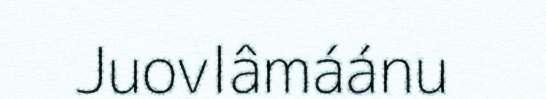
Juovlâmáánu